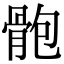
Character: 骲